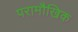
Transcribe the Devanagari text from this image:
परामौखिक